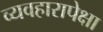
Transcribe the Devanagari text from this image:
व्यवहारापेक्षा